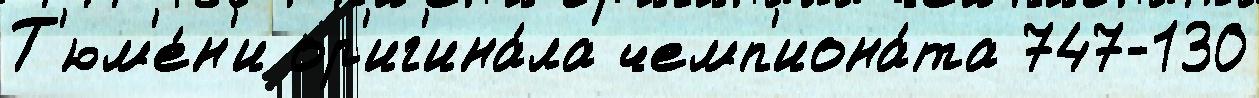
Т'юм'е́н'и ор'иг'ина́ла чемп'иона́та 747-130